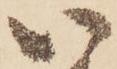
い